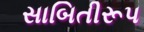
સાબિતીરૂપ